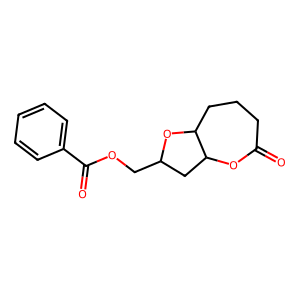
SMILES: O=C1CCCC2OC(COC(=O)c3ccccc3)CC2O1
Inhibits HIV replication: No